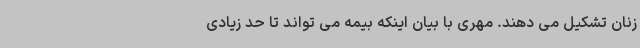
زنان تشکیل می دهند. مهری با بیان اینکه بیمه می تواند تا حد زیادی